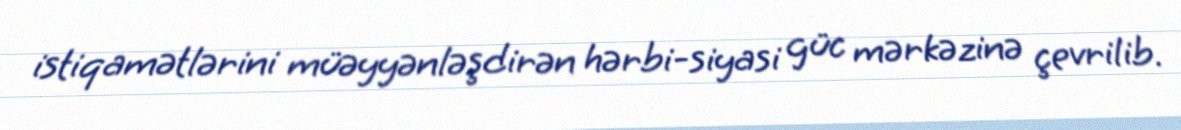
istiqamətlərini müəyyənləşdirən hərbi-siyasi güc mərkəzinə çevrilib.